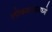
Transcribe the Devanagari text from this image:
लोकसभांमध्ये